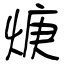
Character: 焿